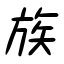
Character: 族